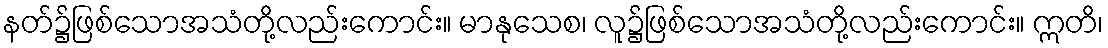
နတ်၌ဖြစ်သောအသံတို့လည်းကောင်း။ မာနုသေစ၊ လူ၌ဖြစ်သောအသံတို့လည်းကောင်း။ ဣတိ၊